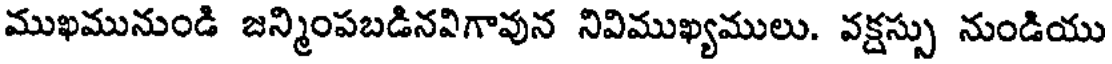
ముఖమునుండి జన్మింపబడినవిగావున నివిముఖ్యములు. వక్షస్సు నుండియు